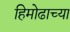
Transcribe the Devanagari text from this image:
हिमोढाच्या